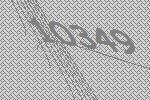
10349